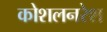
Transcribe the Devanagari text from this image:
कोशलनरेश